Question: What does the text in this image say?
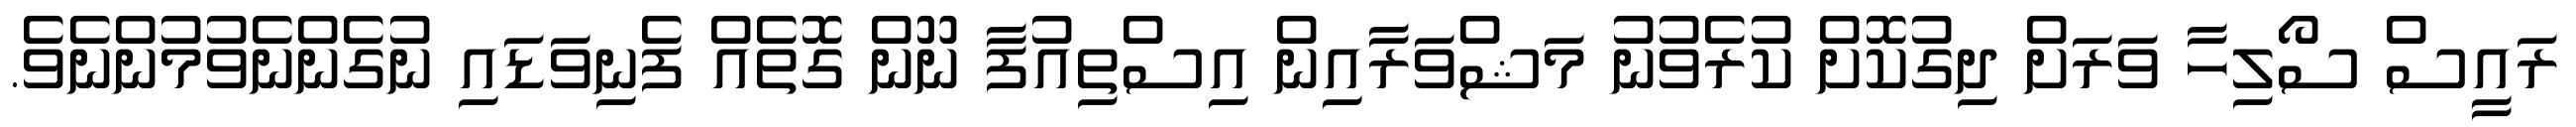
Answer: ރައީސް ސޯލިހާ ވަރަށް ދިގުކޮށް ކުރެވުނު މަޝްވަރާއިން އިސްތިއުފާ ނޫން ގޮތެއް ފެނިވަޑައި ނުގެންނެވުމުންނެވެ.